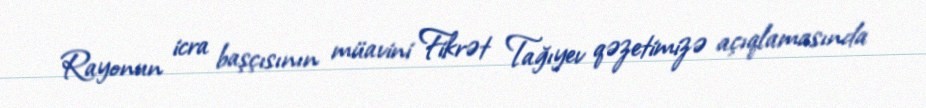
Rayonun icra başçısının müavini Fikrət Tağıyev qəzetimizə açıqlamasında